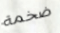
ضخمة